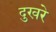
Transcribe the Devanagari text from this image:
दुखरे